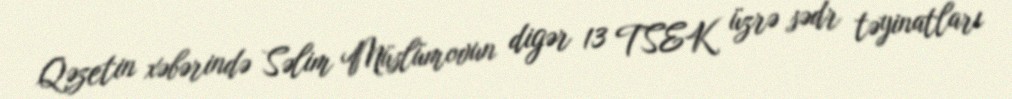
Qəzetin xəbərində Səlim Müslümovun digər 13 TSEK üzrə sədr təyinatları